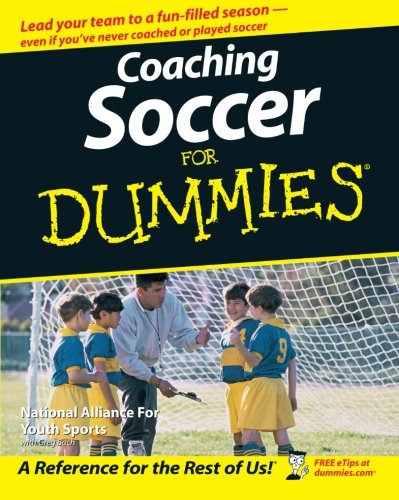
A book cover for Coaching Soccer For Dummies; National Alliance for Youth Sports; Sports & Outdoors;